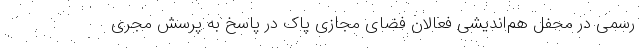
رسمی در محفل هم‌اندیشی فعالان فضای مجازی پاک در پاسخ به پرسش مجری